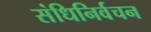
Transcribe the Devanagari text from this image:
संधिनिर्वचन